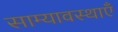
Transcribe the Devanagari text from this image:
साम्यावस्थाएँ